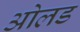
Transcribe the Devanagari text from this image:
ओलड